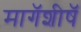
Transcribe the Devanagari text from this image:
मागॅशीषॅ